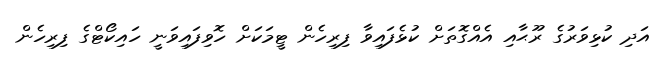
އަދި ކުޅިވަރުގެ ރޫޙާއި އެއްގޮތަށް ކުޅެފައިވާ ފިރިހެން ޓީމަކަށް ހޮވިފައިވަނީ ހައިކޯޓްގެ ފިރިހެން